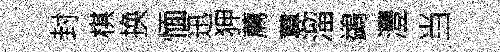
封棋换愐迅狎薦蓴溜鷁灃当